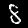
Label: 8